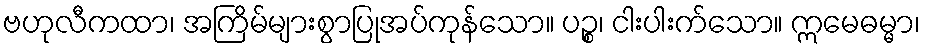
ဗဟုလီကထာ၊ အကြိမ်များစွာပြုအပ်ကုန်သော။ ပဉ္စ၊ ငါးပါးက်သော။ ဣမေဓမ္မာ၊